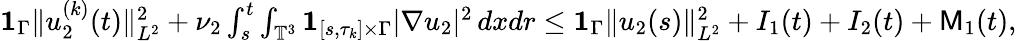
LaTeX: \begin{array}{r}{{{\mathbf 1}}_{\Gamma}\| u_{2}^{(k)}(t)\| _{L^{2}}^{2}+\nu_{2}\int_{s}^{t}\int_{\mathbb{T}^{3}}{{\mathbf 1}}_{[s,\tau_{k}]\times\Gamma}|\nabla u_{2}|^{2}\, dxdr\leq{{\mathbf 1}}_{\Gamma}\| u_{2}(s)\| _{L^{2}}^{2}+I_{1}(t)+I_{2}(t)+\mathsf{M}_{1}(t),}\end{array}